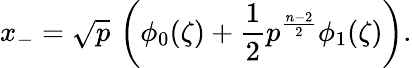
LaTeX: x_{-}=\sqrt{p}\, \left(\phi_{0}(\zeta)+\frac{1}{2}p^{\frac{n-2}{2}}\phi_{1}(\zeta)\right).